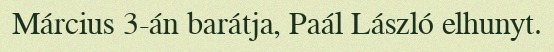
Március 3-án barátja, Paál László elhunyt.